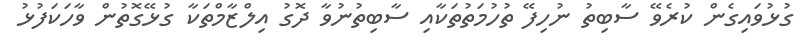
ގުޅުވައިގެން ކުރެވޭ ސާބިތު ނުހިފޭ ތުހުމަތުތަކާއި ސާބިތުނުވާ ދޮގު އިލްޒާމްތަކާ ގުޅޭގޮތުން ވާހަކަފުޅު